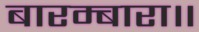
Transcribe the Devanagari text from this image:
बारम्बारा॥